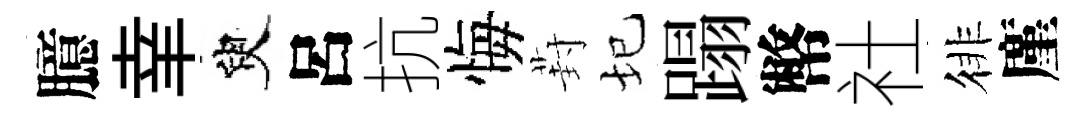
臆𦍒臾呂抗悔葑圮蹋幣社徘廑